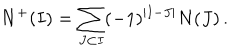
N ^ { + } ( I ) = \sum _ { J \subset I } ( - 1 ) ^ { | I - J | } N ( J ) \, .